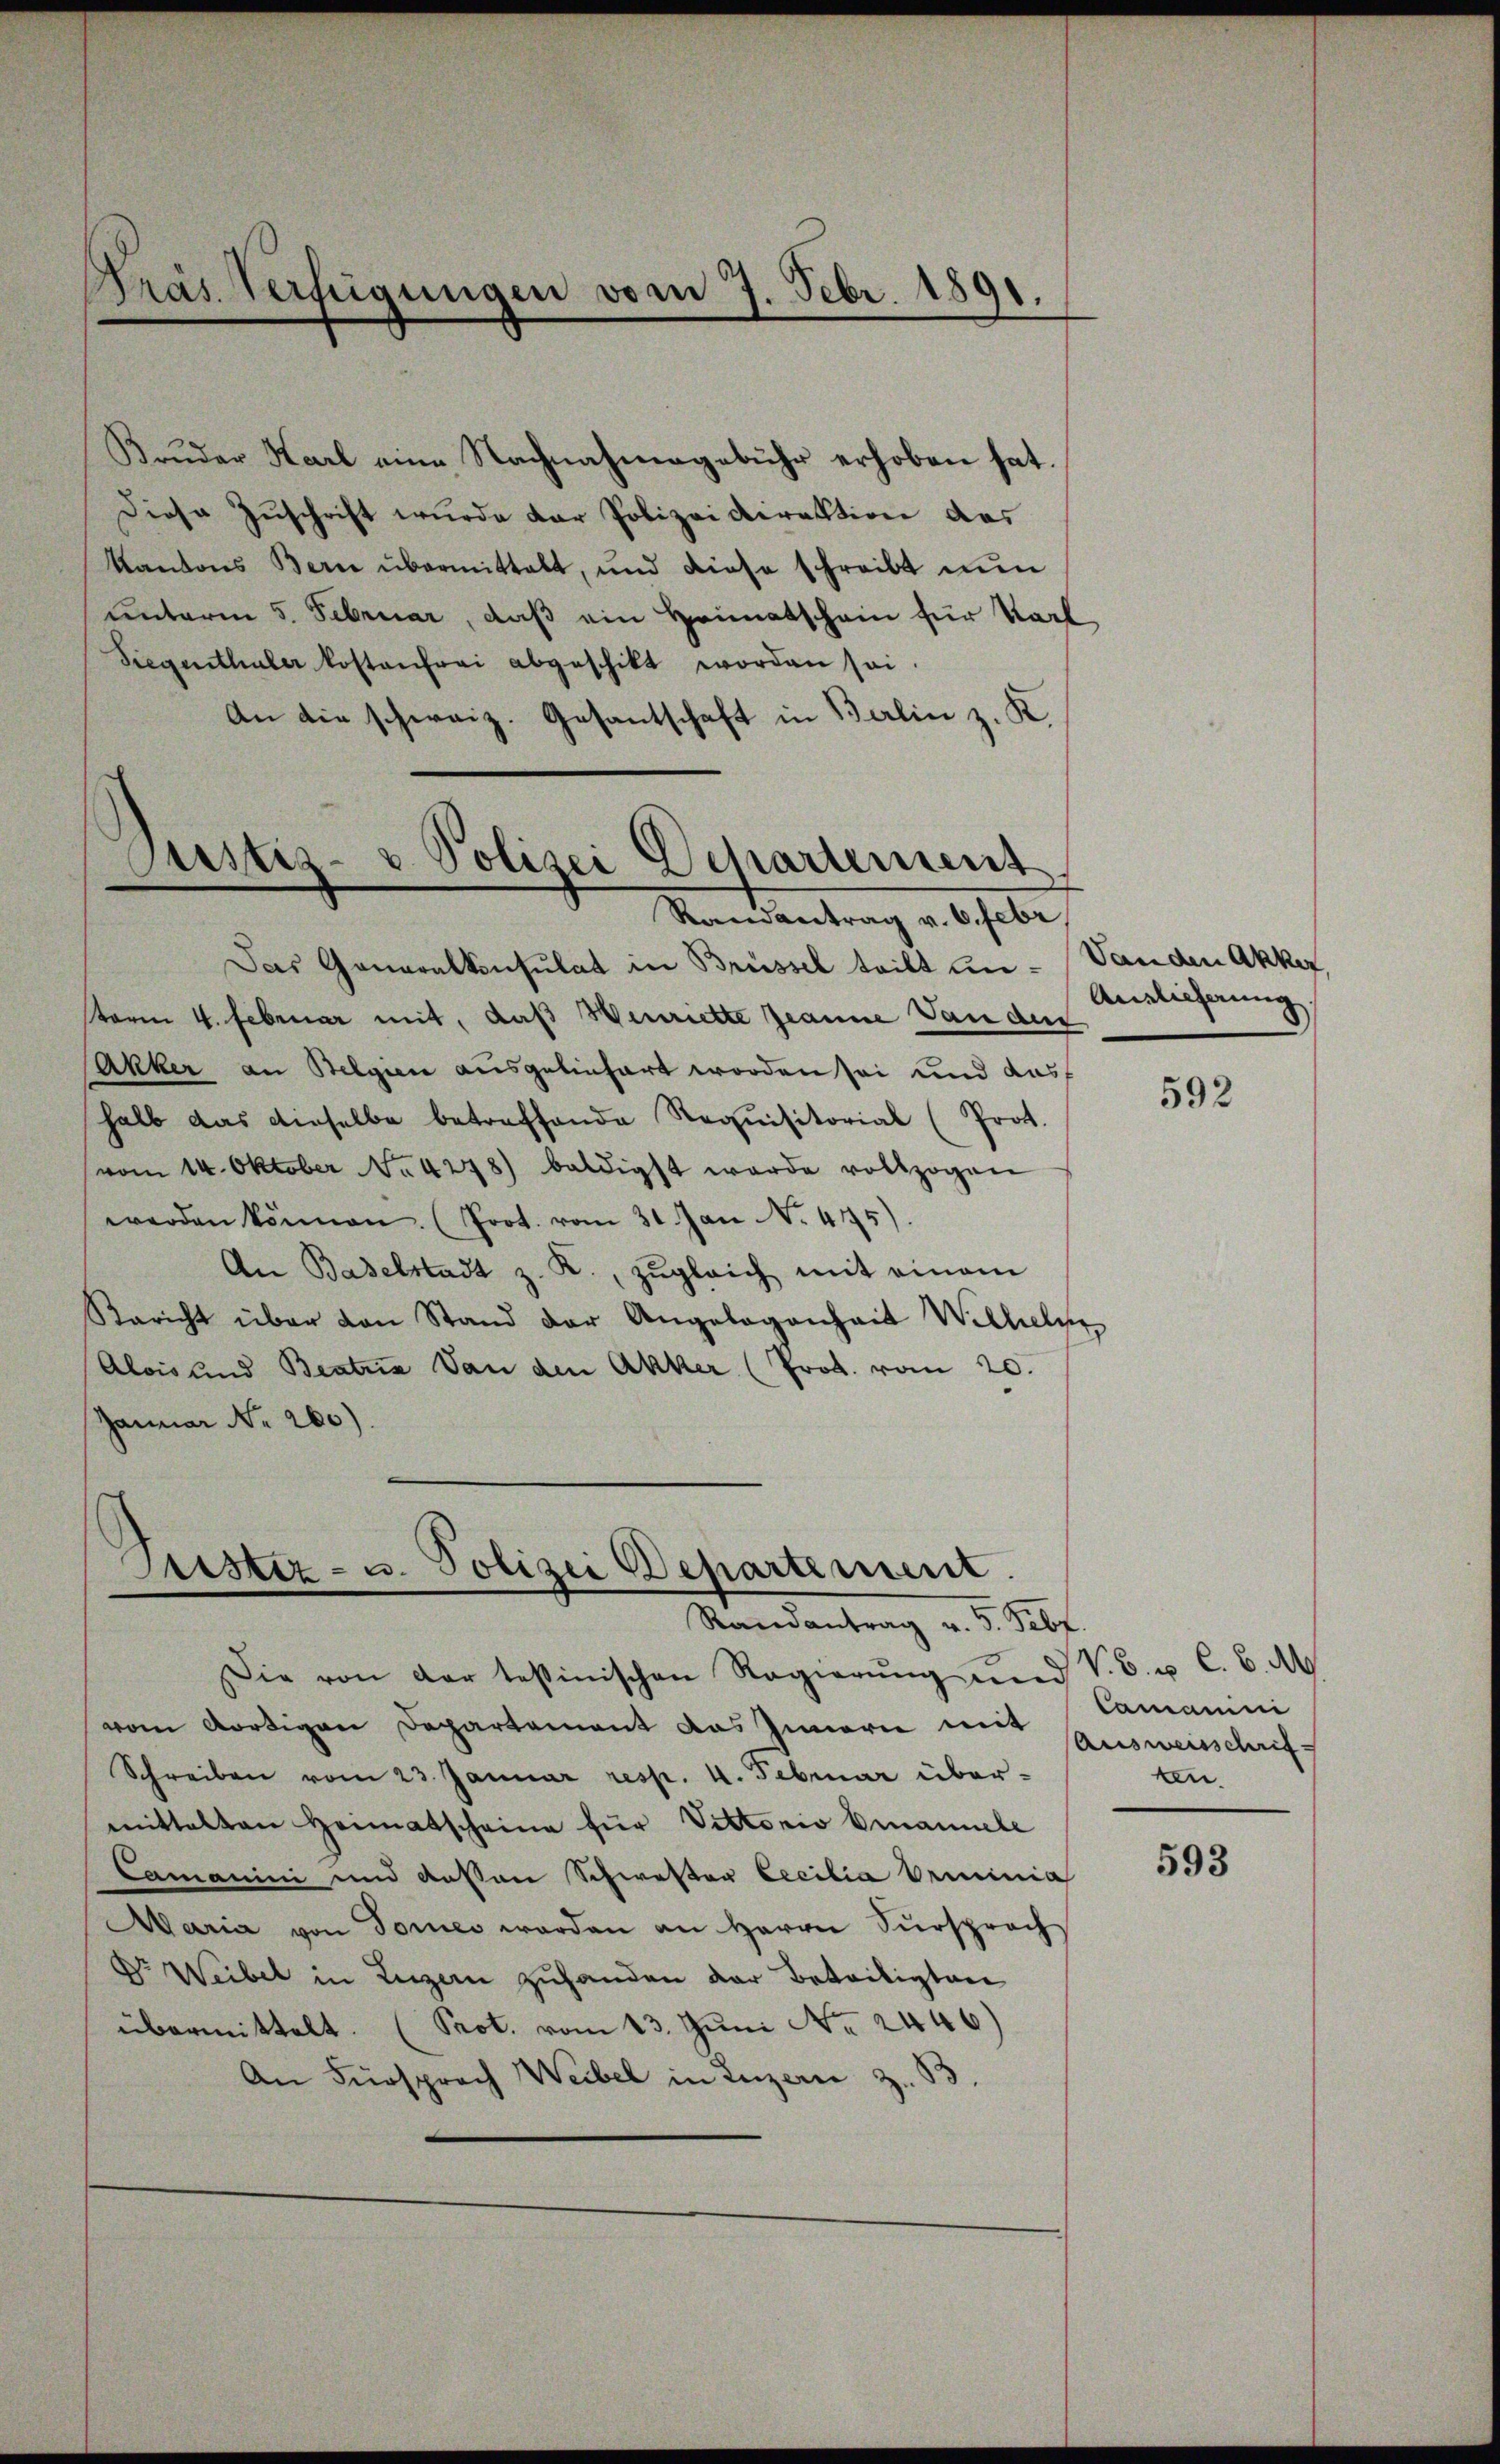
Präs. Verfügungen vom 7. Febr. 1891.

Brŭder Karl eine Nachnahmegebühr erhoben hat.
Diese Zuschrift wurde der Polizeidirektion das
Kantons Bern übermittelt, und diese schreibt nŭn
unterm 5. Februar, daß ein Heimatschein für Karl
Siegenthaler kostenfrei abgeschikt worden sei.
An die schweiz. Gesantschaft in Berlin z. K.
Randantrag v. 6. Febr
Das Generalkonsulat in Brüssel teilt un-Vanden Akker,
term 4. Februar mit, daß Henriette Jeanne an des
Rakker an Belgien ausgelinhart worden sei und das
halb das dieselbe betreffende Requisitorial (Prot.
vom 14. Oktober No 4248) baldigst werde vollzogen
werden können. (Prot. vom 31. Jan No. 475).
An Baselstadt z. K., zŭgleich mit einem
Rericht über den Stand der Angelegenheit Wilhelms
Alois und Beatria Dan den Akker (Prot. vom 20.
Januar No. 260).

ustiz- & Polizei Departement

Justiz- u. Polizei Departement.
Randantrag v. 5. Febr

Die von der testinischen Regierŭng und V. B. u. C. C. A
vom dortigen Departement das Innern mit Ausweisschrif-
Schreiben vom 23. Januar resp. 4. Februar übermittelten Heimatscheine für Viktorio Emanuele
Camanini und dessen Schwester Eecilia Beminia
Maria von Tores werden an Herrn Fürsprach
Dr Weibel in Luzern zuhanden der Beteiligten
übermittelt. (Prot. vom 13. Juni Nr. 2446)
An Fürsprach Weibel in Luzern z. B.

Auslieferung

592

Camanini
ten.

593